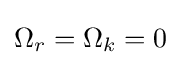
\Omega _{r}=\Omega _{k}=0